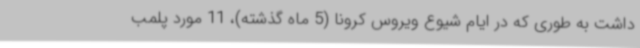
داشت به طوری که در ایام شیوع ویروس کرونا (5 ماه گذشته)، 11 مورد پلمب